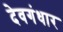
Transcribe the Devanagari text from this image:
देवगंधार